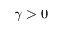
\gamma > 0